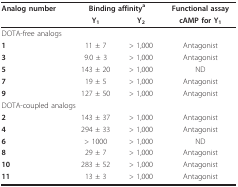
<table><thead><tr><td><b>Analog number</b></td><td colspan="2"><b>Binding affinity<sup>a</sup></b></td><td><b>Functional assay</b></td></tr><tr><td></td><td><b>Y<sub>1 </sub></b></td><td><b>Y<sub>2 </sub></b></td><td><b>cAMP for Y<sub>1</sub></b></td></tr></thead><tbody><tr><td colspan="4">DOTA-free analogs</td></tr><tr><td><b>1</b></td><td>11 ± 7</td><td>&gt; 1,000</td><td>Antagonist</td></tr><tr><td><b>3</b></td><td>9.0 ± 3</td><td>&gt; 1,000</td><td>Antagonist</td></tr><tr><td><b>5</b></td><td>143 ± 20</td><td>&gt; 1,000</td><td>ND</td></tr><tr><td><b>7</b></td><td>19 ± 5</td><td>&gt; 1,000</td><td>Antagonist</td></tr><tr><td><b>9</b></td><td>127 ± 50</td><td>&gt; 1,000</td><td>Antagonist</td></tr><tr><td colspan="4">DOTA-coupled analogs</td></tr><tr><td><b>2</b></td><td>143 ± 37</td><td>&gt; 1,000</td><td>Antagonist</td></tr><tr><td><b>4</b></td><td>294 ± 33</td><td>&gt; 1,000</td><td>Antagonist</td></tr><tr><td><b>6</b></td><td>&gt; 1000</td><td>&gt; 1,000</td><td>ND</td></tr><tr><td><b>8</b></td><td>29 ± 7</td><td>&gt; 1,000</td><td>Antagonist</td></tr><tr><td><b>10</b></td><td>283 ± 52</td><td>&gt; 1,000</td><td>Antagonist</td></tr><tr><td><b>11</b></td><td>13 ± 3</td><td>&gt; 1,000</td><td>Antagonist</td></tr></tbody></table>